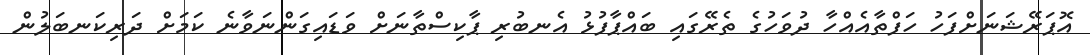
އޮޕަރޭޝަނަށްފަހު ހަފްތާއެއްހާ ދުވަހުގެ ތެރޭގައި ބައްޕާފުޅު އެނބުރި ޕާކިސްތާނަށް ވަޑައިގަންނަވާނެ ކަމަށް ދަރިކަނބަލުން